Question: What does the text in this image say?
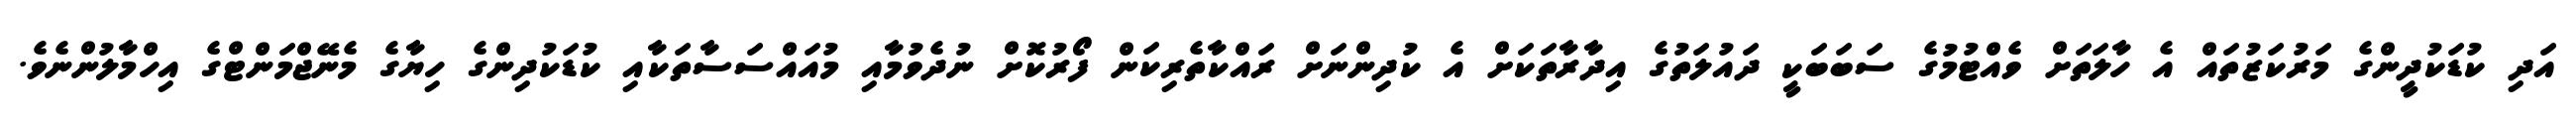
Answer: އަދި ކުޑަކުދީންގެ މަރުކަޒުތައް އެ ހާލަތަށް ވެއްޓުމުގެ ސަބަބަކީ ދައުލަތުގެ އިދާރާތަކަށް އެ ކުދިންނަށް ރައްކާތެރިކަން ފޯރުކޮށް ނުދެވުމާއި މުއައްސަސާތަކާއި ކުޑަކުދިންގެ ހިޔާގެ މެނޭޖްމަންޓްގެ އިހްމާލުންނެވެ.